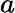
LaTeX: a